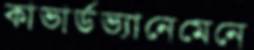
কাভার্ডভ্যানেমেনে